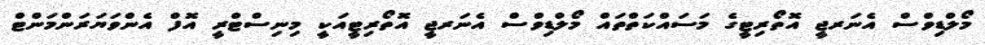
މޯލްޑިވްސް އެނަރޖީ އޮތޯރިޓީގެ މަސައްކަތްތައް މޯލްޑިވްސް އެނަރޖީ އޮތޯރިޓީއަކީ މިނިސްޓްރީ އޮފް އެންވަޔަރަންމަންޓް